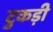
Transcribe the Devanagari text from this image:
टुकड़ी